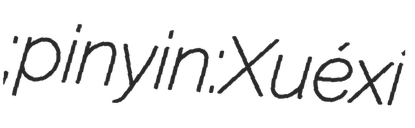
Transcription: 学习强国; pinyin: Xuéxí